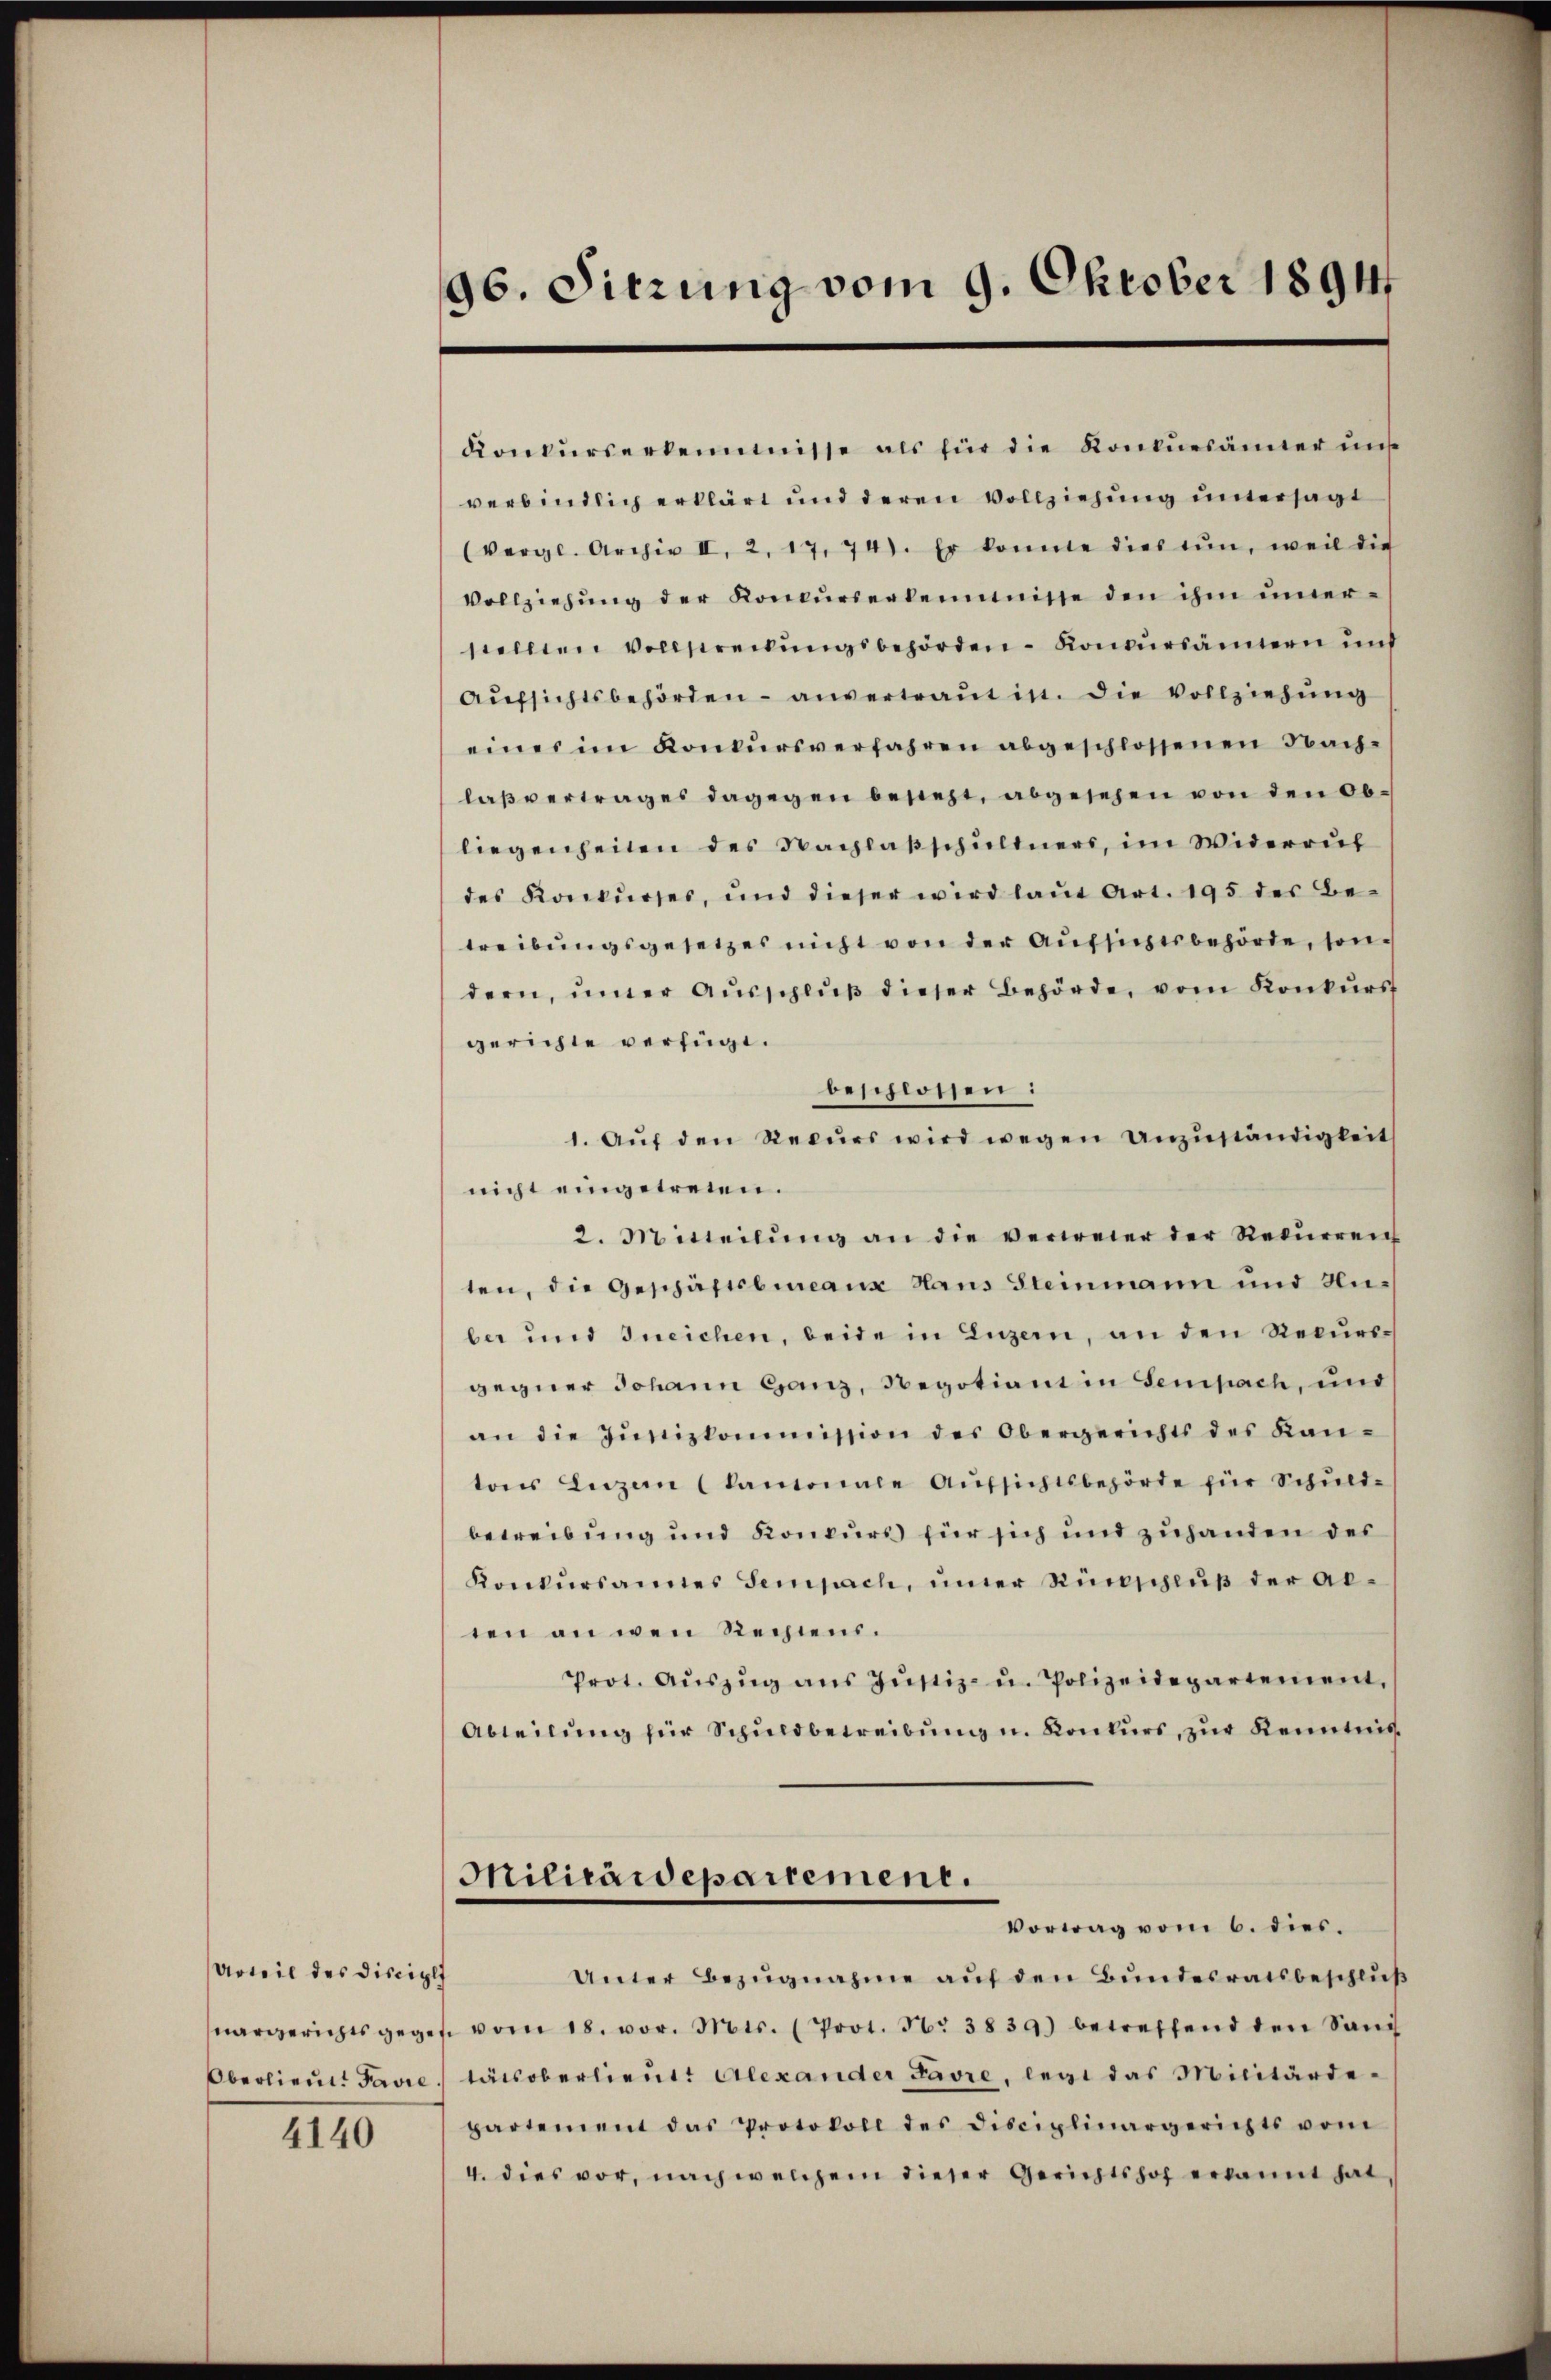
Urteil des Discipl

4140

96. Sitzung vom 9. Oktober 1891

Konkurserkennnisse als für die Konkursämter unse
verbindlich erklärt und deren Vollziehung untersagt
(vergl. Archiv II, 2, 17. 74). Er konnte dies tun, weil die
Vollziehŭng der Konkŭrserleimisse den ihm uner-
stellten Vollstreckungsbehörden Konkursännern und
Aufsichtsbehörden - anvertraut in. Die Vollziehung
eines im Konkŭrsverfahren abgeschlossenen Nach-
laßvertrages dagegen besteht, abgesehen von den Obliegenheiten des Nachlasschuldners, im Widerruf
des Konkŭrser, und dieser wird laŭt Art. 195 des Be-
treibungsgesetzes nicht von der Aufsichtsbehörde, sondern, unter Ausschluß dieser Behörde, vom Konkurs
gerichte verfügt.
beschlossen:
1. Aŭf den Recurs wird wegen Anzŭständigkeit
nicht eingetreien.
2. Mitteilŭng an die verweier der Rekŭrrent
ten, die Geschäftsbureaux Haus Gleinmann und Huber und Ineichen, beide in Luzern, an den Recursgegner Johann Ganz, Regotiant in Sempach, und
an die Justizkommission des Obergerichts des Kantons Luzen (kamonale Aufsichtsbehörde für Schuld-
betreibung und Konkurs für sich und zuhanden des
Konkŭrsamtes Sempach, imer Rückschluß der ab-
ten an wen Rechtens.
Prot. Aŭszŭg ans Jŭstiz- u. Polizeidepartement.
Abteilŭng für Schuldbetreibŭng u. Konkurs, zur Kenntnis
Militaidepartement.
Vortag vom 6. dies.
Unter Bezugnahme auf den Bundesratsbeschluß
nargerichtsgeges vom 18. vor. Mts. (Prot. N. 3839) betreffend den Sani
Oberlieutt Favre, tatsoberlieut. Alexander Favre, legt das Militärdepartement das Protokoll des Disciplinargerichts vom
4. dies vor, nach welchem dieser Gerichtshof erkannt hat,